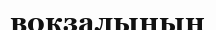
вокзалының